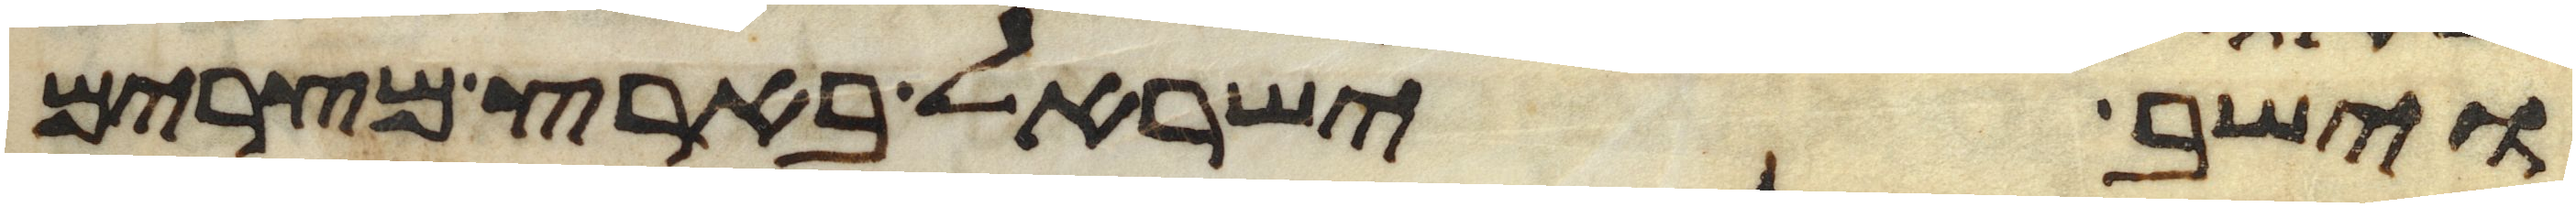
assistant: וישב ישראל בארץ מצרים